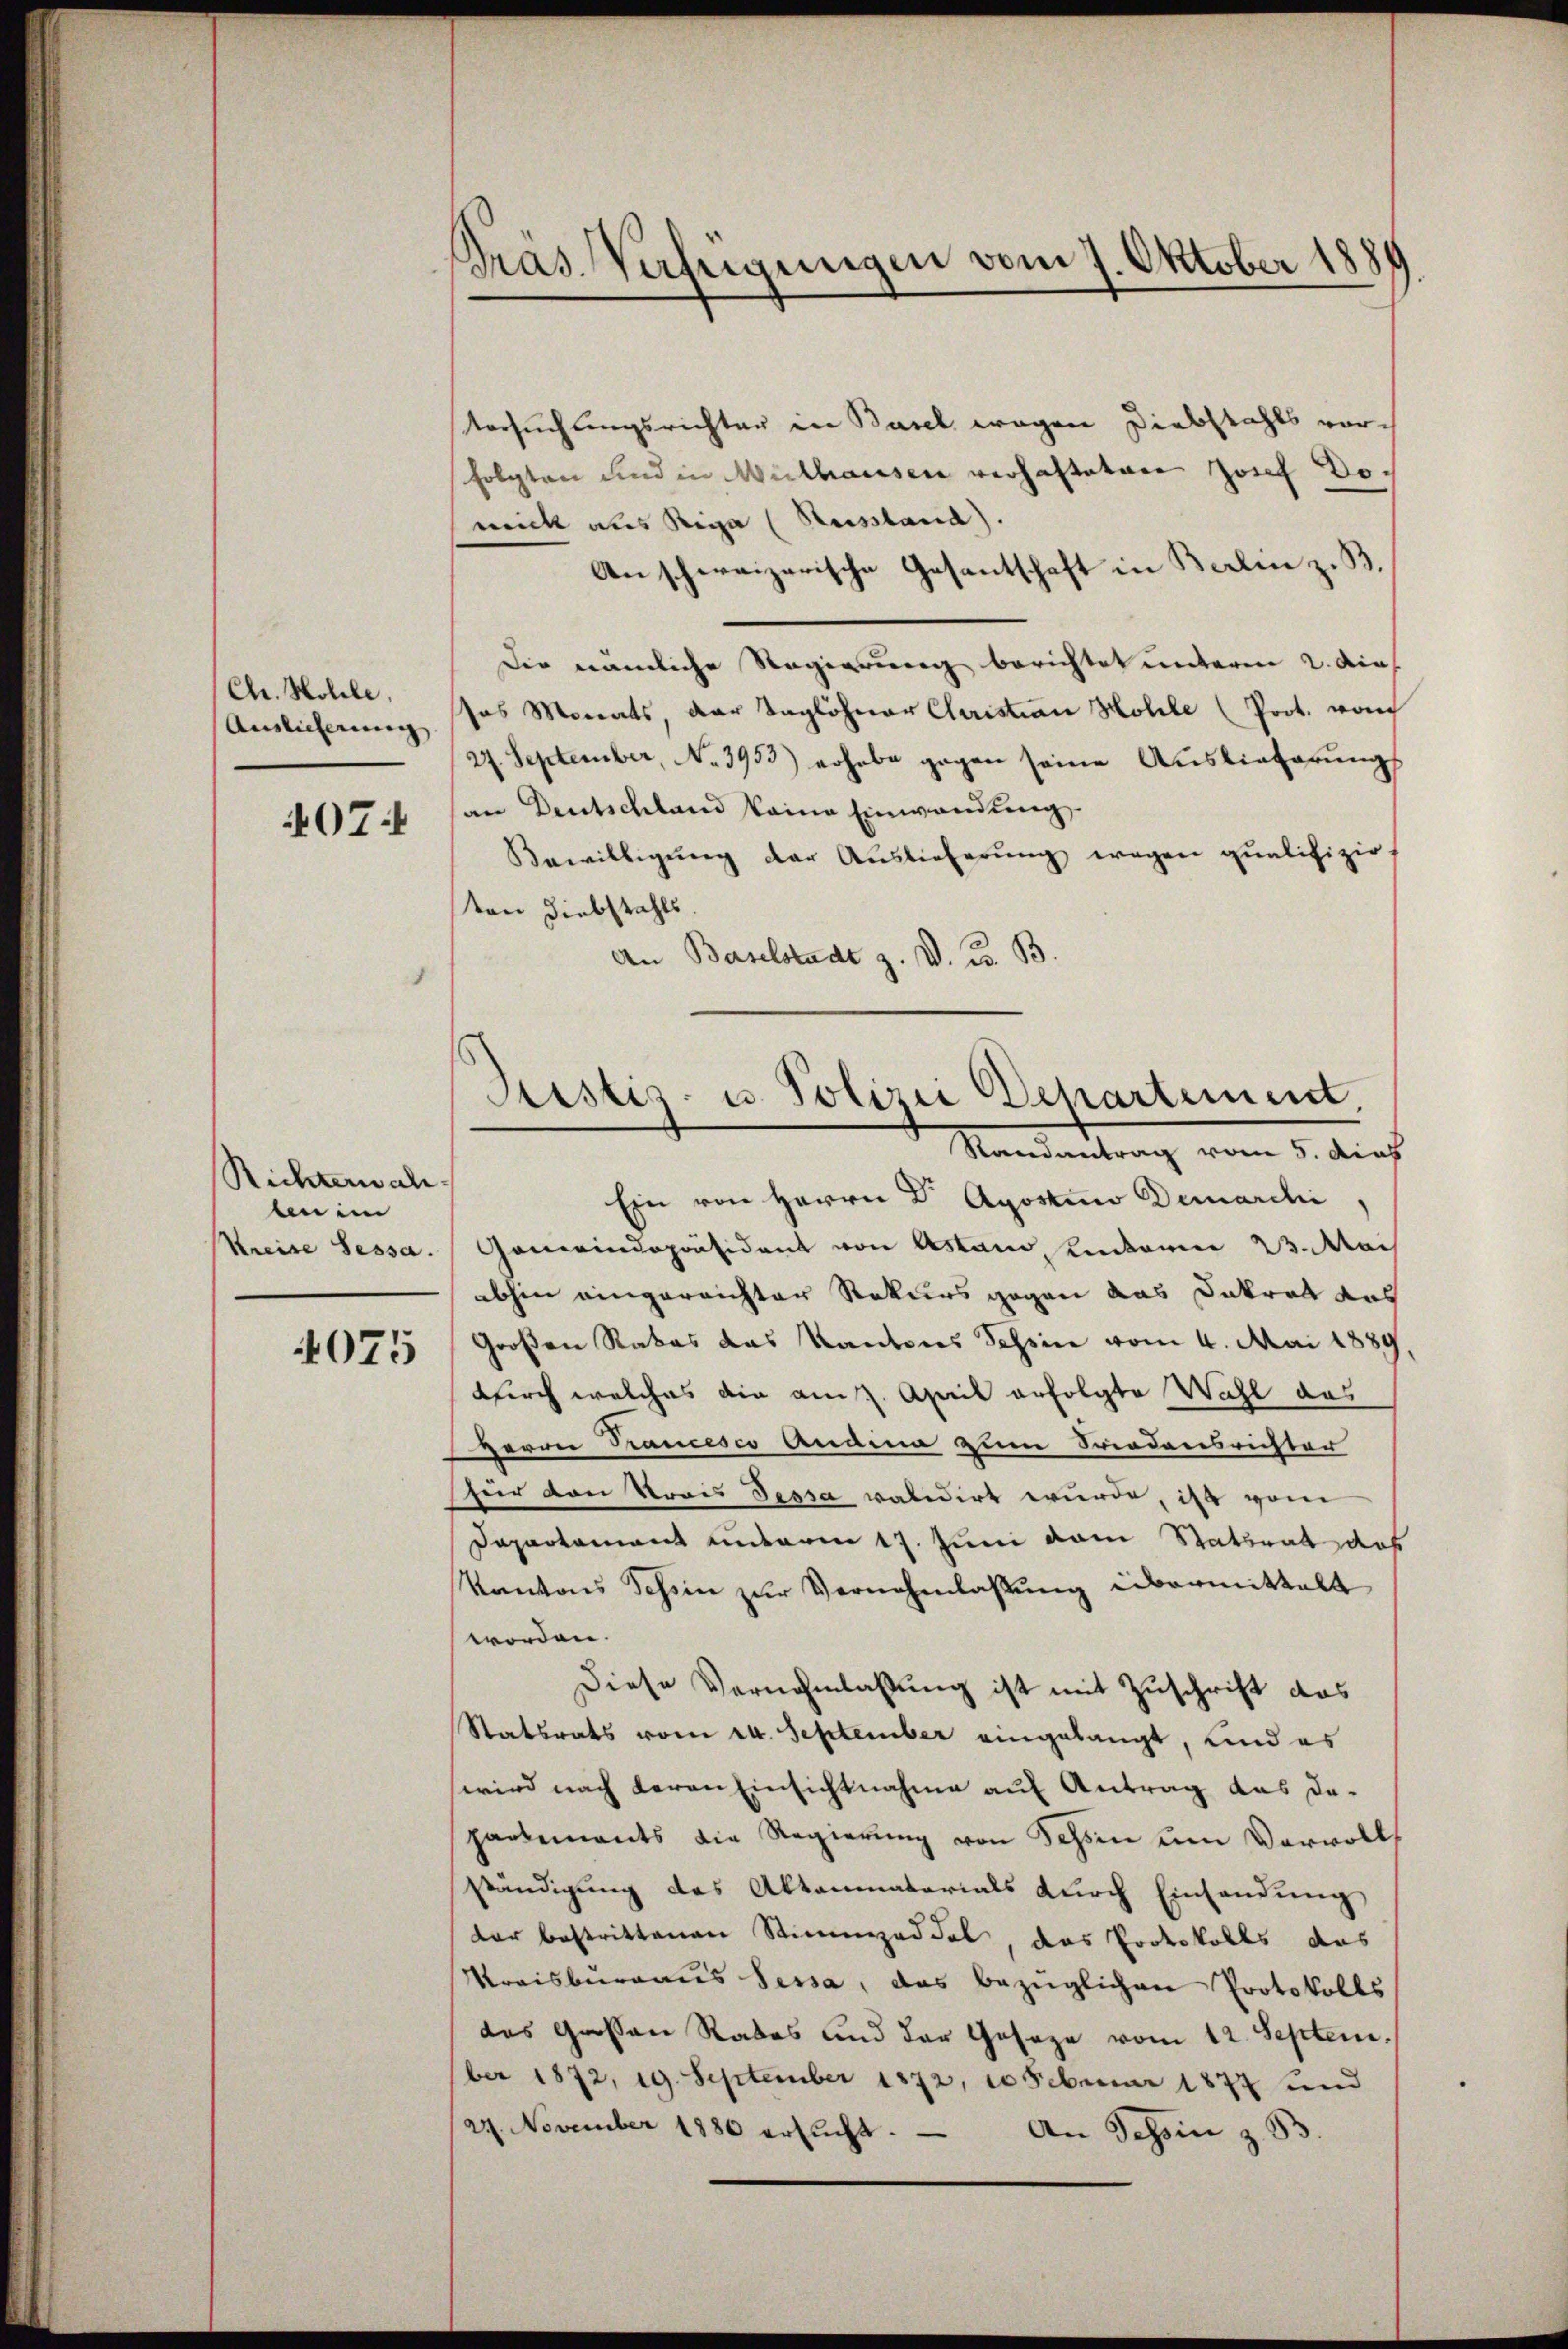
Chr. Mobile,
Auslieferung
407.

Richterwalben im
Kreise Sessa.

4075

Pras. Verfügungen vom 7. Oktober 188

Versuchungsrichter in Basel wegen Diebstahls vorfolgten und in Mithausen verhafteten Josef Dowrick aus Rega (Reissland)
Anschweizerische Gesantschaft in Berlin z. B.
Die nämliche Regierung berichtet unteren 2. dies
sas Morats, der Taglöhner Cluristian Holle (Poot. vom
27. September, No. 3953) erhabe gegen seine Auslieferŭngs
an Deutschland keine Einwendung,
Bewilligŭng der Auslieferŭng wegen qualifizir
ton Liebstahls.
An Baselstadt z. V. B. B.
Ein von Herrn Dr Apostini Demarchi
Gemeindepräsident von Astand, hinterm 23. Mai
abhin eingereichter Rekurs gegen das Dekret aus
Großen Rates das Kantons Tessin vom 4. Mai 1889
durch welches die anz. April erfolgte Wahl das
Herrn Trancesco Andena zum Friedensrichter
fuer von Voris Tessa validirt wurde, ist vom
Dapartement unterm 17. Juni vom Staturat das
Kantons Schein zŭr Vernehmlassŭng übermittalt
worden.
Diese Vernehmlassung ist mit Zuschrift das
Statsrats vom 24. September eingelangt, und es
wird nach Herrn Einsichtnahme auf Antrag das dapartements die Regierung von Schön um Vervolls
ständigung des Aktenmaterials durch Einsendung
dar bestrittenen Stimmzeddel das Protokolls das
Kraisbureaus Sessa, das bezüglichen Protokolls
das Grossen Rades und der Geseze vom 12. September 1872, 19. September 1872, 20 Februar 1877 und
27. November 1886 ersŭcht.
An Tessin z. B.

Justiz- u. Polizei Departement,
Randantrag vom 5. dies